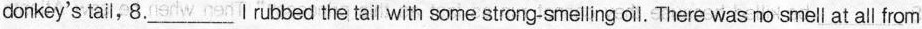
donkey's tail, 8.___I rubbed the tail with some strong-smelling oil. There was no smell at all from